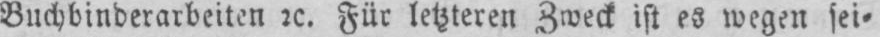
Buchbinderarbeiten etc. Für letzteren Zweck ist es wegen sei⸗